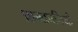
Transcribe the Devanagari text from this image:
प्रान्तपतियो